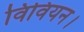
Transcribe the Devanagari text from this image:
विवियन।